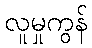
လူမှုကွန်